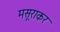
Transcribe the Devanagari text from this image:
मसूराकर